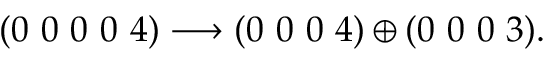
( 0 ~ 0 ~ 0 ~ 0 ~ 4 ) \longrightarrow ( 0 ~ 0 ~ 0 ~ 4 ) \oplus ( 0 ~ 0 ~ 0 ~ 3 ) .